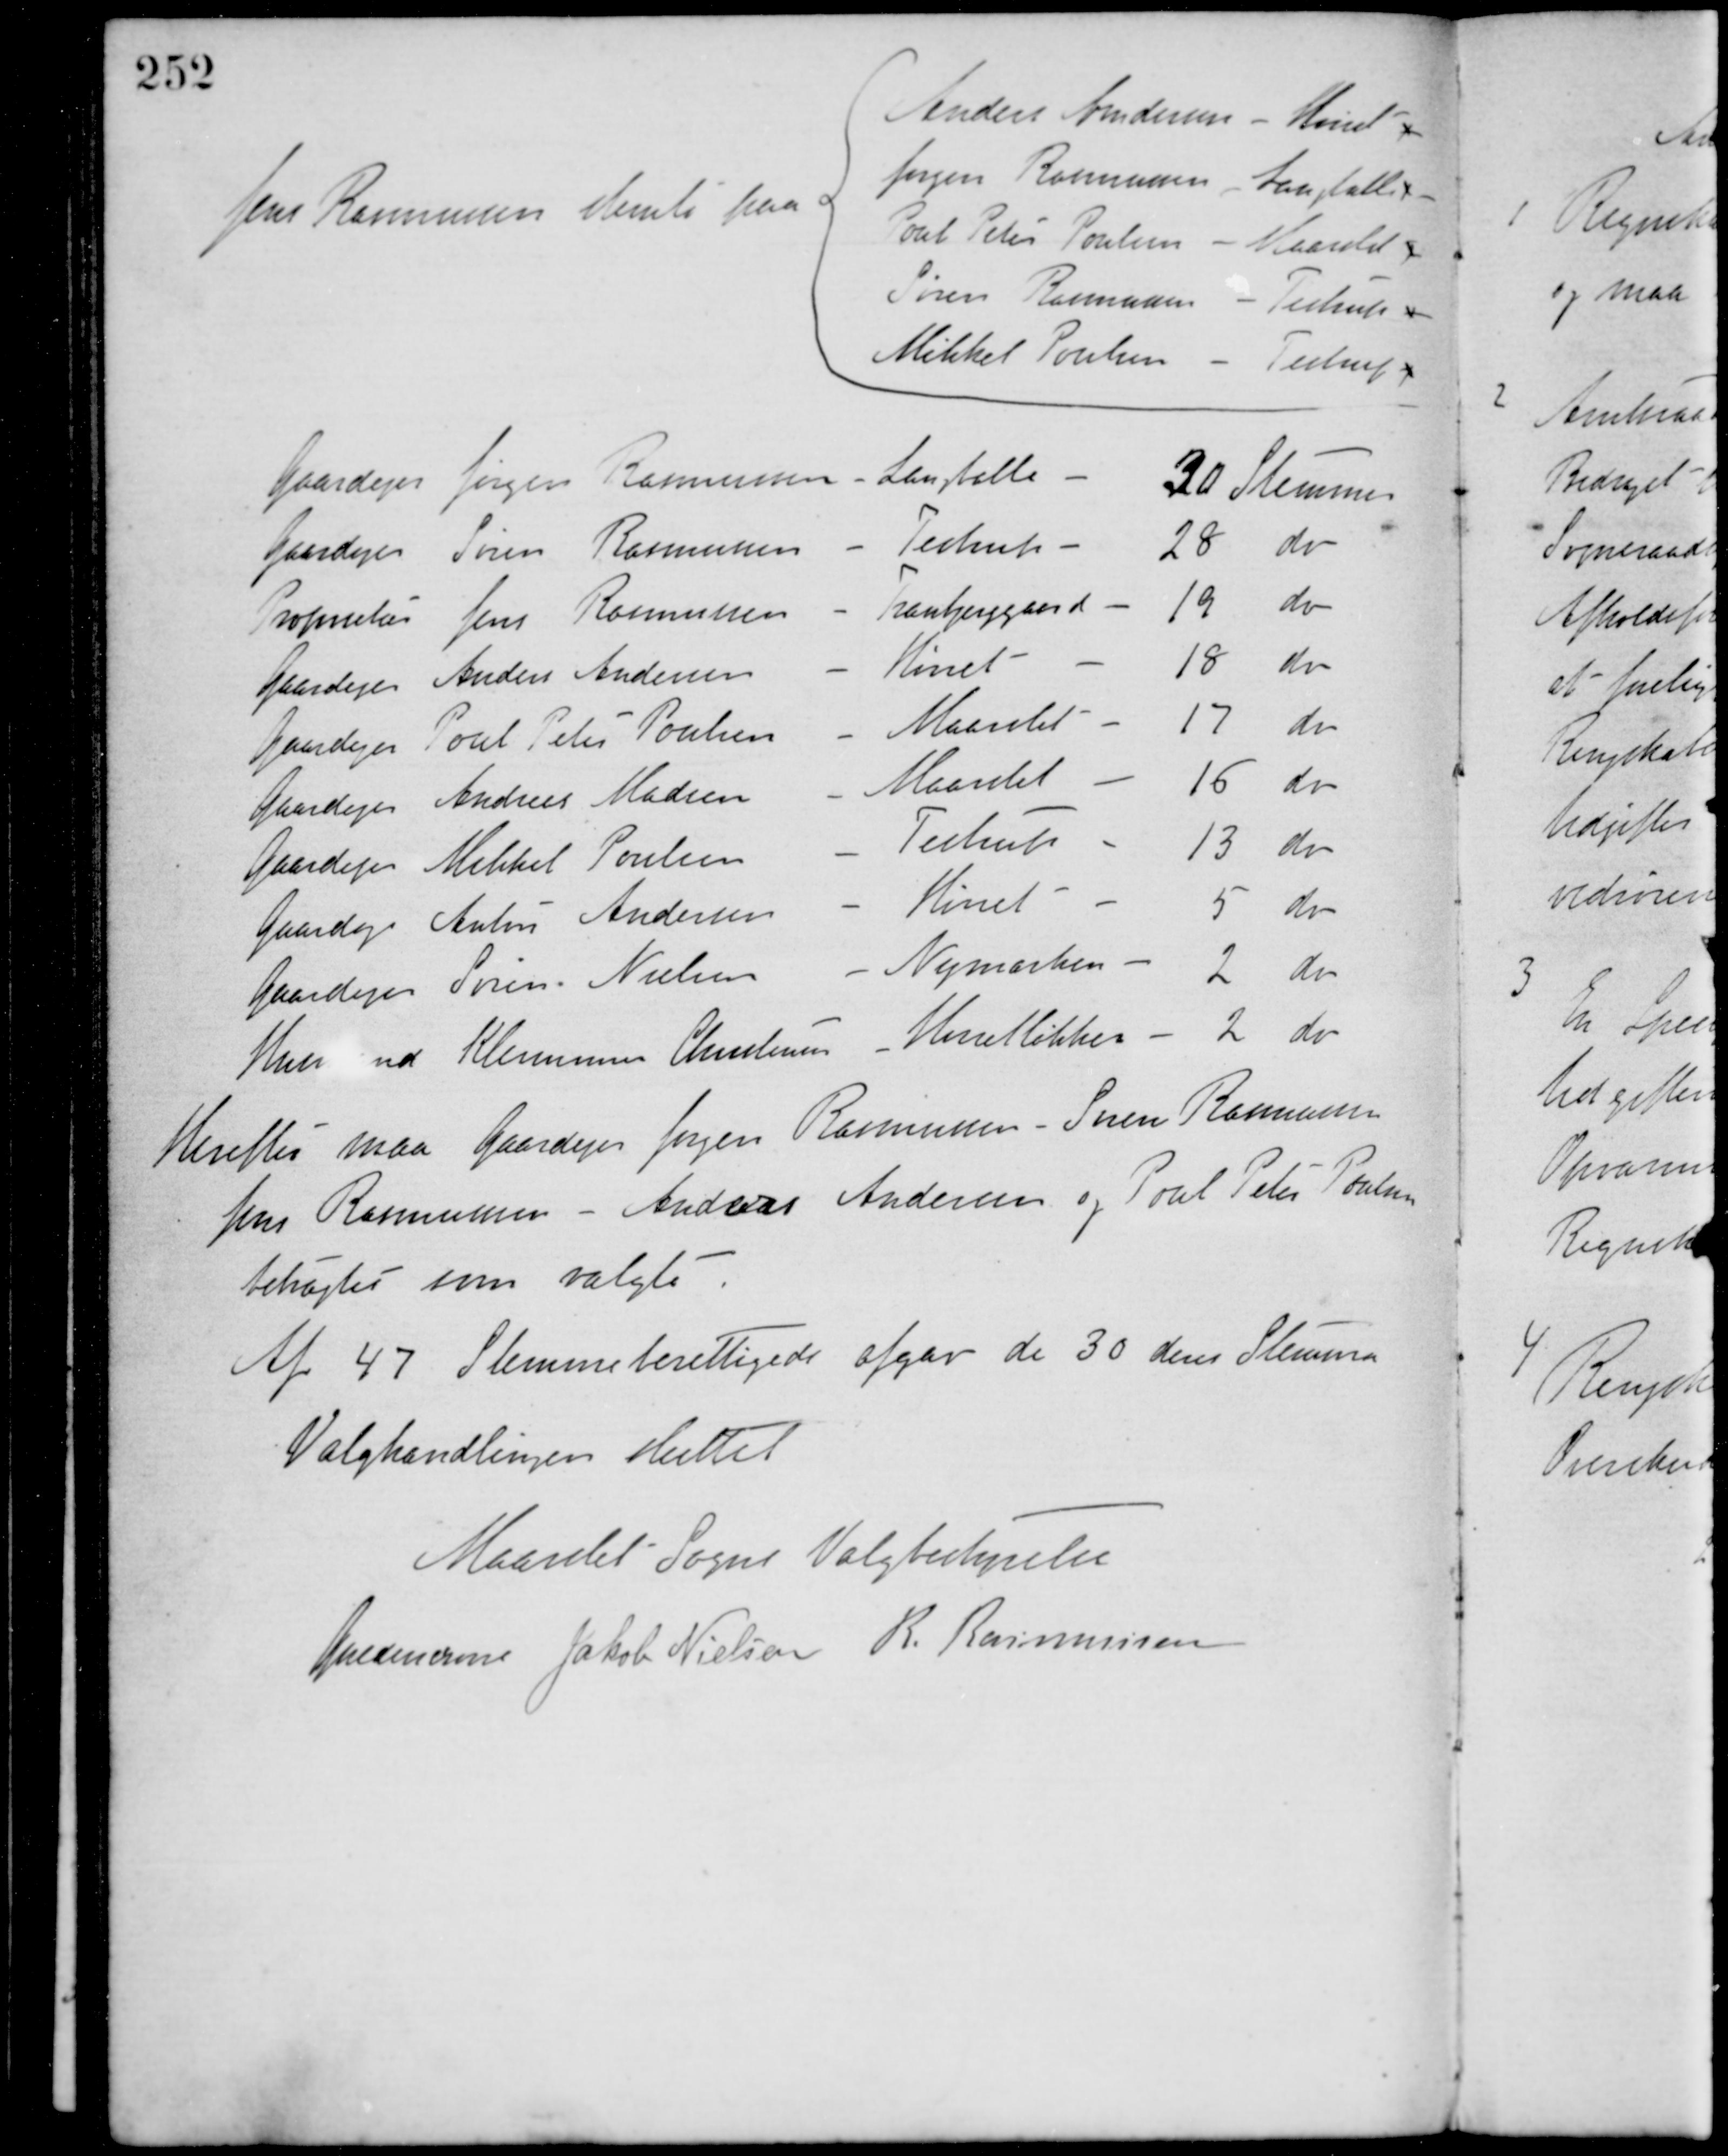
Transskription:
Jens Rasmussen stemte paa
Anders Andersen - Hørret
Jørgen Rasmussen - Langballe
Poul Peter Poulsen - Maarslet
Søren Rasmussen - Testrup
Mikkel Poulsen - Testrup
Gaardejer Jørgen Rasmussen - Langballe - 30 Stemmer
Gaardejer Søren Rasmussen - Testrup - 28 do
Proprietær Jens Rasmussen - Tranbjerggaard - 19 do
Gaardejer Anders Andersen - Hørret - 18 do
Gaardejer Poul Peter Poulsen - Maarslet - 17 do
Gaardejer Andreas Madsen - Maarslet - 16 do
Gaardejer Mikkel Poulsen - Testrup - 13 do
Gaardejer Anton Andersen - Hørret - 5 do
Gaardejer Søren Nielsen - Nymarken - 2 do
Husmand Klemmen Christensen - Hørretløkken - 2 do
Herefter maa Gaardejer Jørgen Rasmussen - Søren Rasmussen
Jens Rasmussen - Anders Andersen og Poul Peter Poulsen
betragtes som valgte.
Af 47 Stemmeberettigede afgav de 30 deres Stemmer.
Valghandlingen sluttet
Maalet Sogns Valgbestyrelse
Guldencrone Jakob Nielsen R. Rasmussen